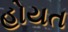
હોયત